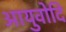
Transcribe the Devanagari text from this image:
आयुवोदि